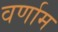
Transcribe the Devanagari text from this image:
वर्णाम